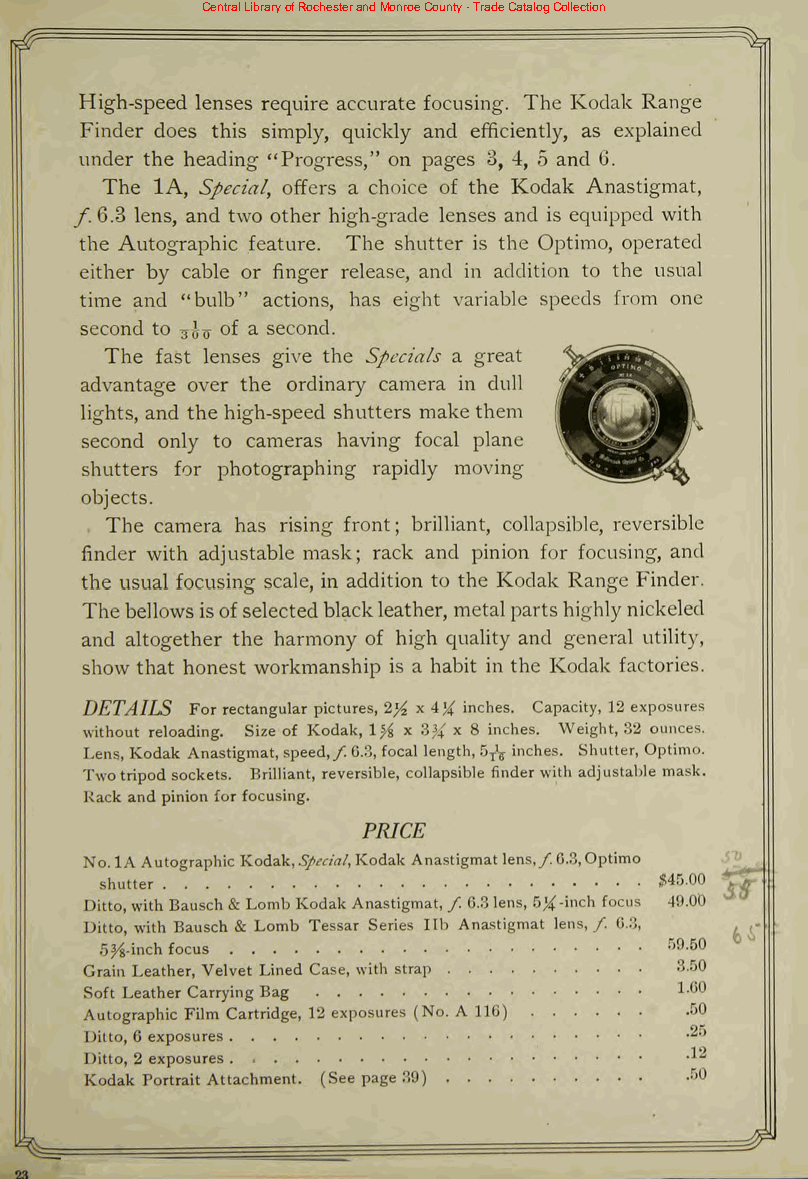
Central Library of Rochester and Monroe County - Trade Catalog Collection
 High-speed lenses require accurate focusing. The Kodak Range
 Finder does this simply, quickly and efficiently, as explained
 under the heading "Progress," on pages 3, 4, 5 and 6.
 The 1A, Special, offers a choice of the Kodak Anastigmat,
 /. 6.3 lens, and two other high-grade lenses and is equipped with
 the Autographic feature. The shutter is the Optimo, operated
 either by cable or finger release, and in addition to the usual
 time and "bulb" actions, has eight variable speeds from one
 second to ^-J-q f a second.
 The fast lenses give the Specials a great
 advantage over the ordinary camera in dull
 lights, and the high-speed shutters make them
 second only to cameras having focal plane
 shutters for photographing rapidly moving
 objects.
 The camera has rising front; brilliant, collapsible, reversible
 finder with adjustable mask; rack and pinion for focusing, and
 the usual focusing scale, in addition to the Kodak Range Finder.
 The bellowsisofselectedblackleather, metal partshighlynickeled
 and altogether the harmony of high quality and general utility,
 show that honest workmanship is a habit in the Kodak factories.
 DETAILS For rectangular pictures, 2% x 4% inches. Capacity, 12 exposures
 without reloading. Size of Kodak, \% x 3% x 8 inches. Weight, 32 ounces.
 Lens, Kodak Anastigmat,speed,/6.3,focal length,5T\ inches. Shutter, Optimo.
 Twotripod sockets. Brilliant, reversible, collapsible finderwith adjustable mask.
 Rack and pinion lorfocusing.
 PRICE
 No.1AAutographic Kodak,Special,Kodak Anastigmatlens,/6.3,Optimo
 shutter                              #45-00
 Ditto,withBausch& LombKodakAnastigmat,/ 6.3lens, 5X-inch focus 49.00
 Ditto, with Bausch & Lomb Tessar Series lib Anastigmat lens,/ 6.3,
 5#-inchfocus                         59-50
 Grain Leather, Velvet Lined Case, with strap 3.50
 Soft Leather Carrying Bag              1-60
 Autographic Film Cartridge, 12 exposures (No. A 116) 50
 Ditto, 6 exposures                     -^,r>
 Ditto, 2 exposures .                   -1"
 Kodak Portrait Attachment. (See page 39) r>0